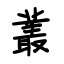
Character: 叢